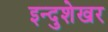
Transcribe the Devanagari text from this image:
इन्दुशेखर